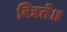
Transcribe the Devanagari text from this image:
विद्यते॥